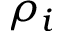
\rho _ { i }